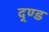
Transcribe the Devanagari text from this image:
द्ण्ड